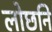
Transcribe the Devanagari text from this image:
लोछनि